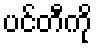
ပင်တီကို